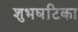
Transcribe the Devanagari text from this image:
शुभघटिका